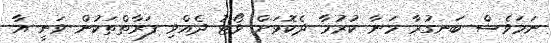
ނަމަވެސް ބަނގުރާ މަނާ ކުރުމާ ދެކޮޅަށް ވޯޓު ދެއްވި ފަރާތްތަކުން ވަނީ އާ